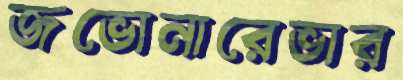
জভোনারেভার